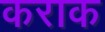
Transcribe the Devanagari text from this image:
कराक